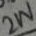
Text: 2W